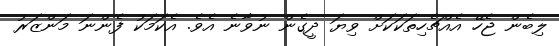
ލިބެން ޖެހޭ އެއްޗެހިތަކަކަށް ވިޔަ ދީގެން ނުވާނެ އެވެ. އެކަމަކު ފެންނަ މަންޒަރު